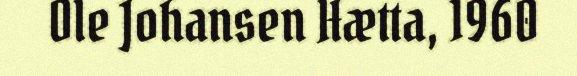
Ole Johansen Hætta, 1960